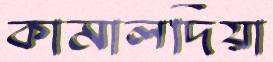
কামালদিয়া